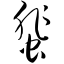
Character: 蜚